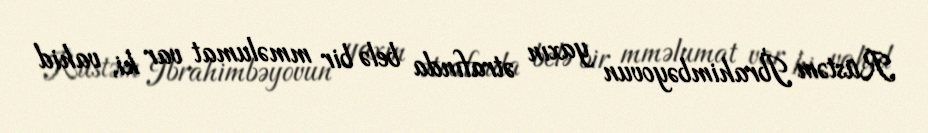
Rüstəm İbrahimbəyovun yaxın ətrafında belə bir mməlumat var ki, vahid